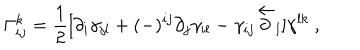
\Gamma _ { i j } ^ { k } = { \frac { 1 } { 2 } } [ \partial _ { i } \gamma _ { j l } + ( - ) ^ { i j } \partial _ { j } \gamma _ { i l } - \gamma _ { i j } \overleftarrow \partial _ { l } ] \gamma ^ { l k } \ ,